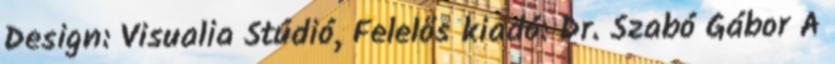
Design: Visualia Stúdió, Felelős kiadó: Dr. Szabó Gábor A